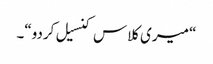
“ میری کلاس کنسیل کردو“۔